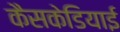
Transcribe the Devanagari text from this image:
कैसकेडियाई